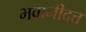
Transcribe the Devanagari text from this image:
भवानीदत्त